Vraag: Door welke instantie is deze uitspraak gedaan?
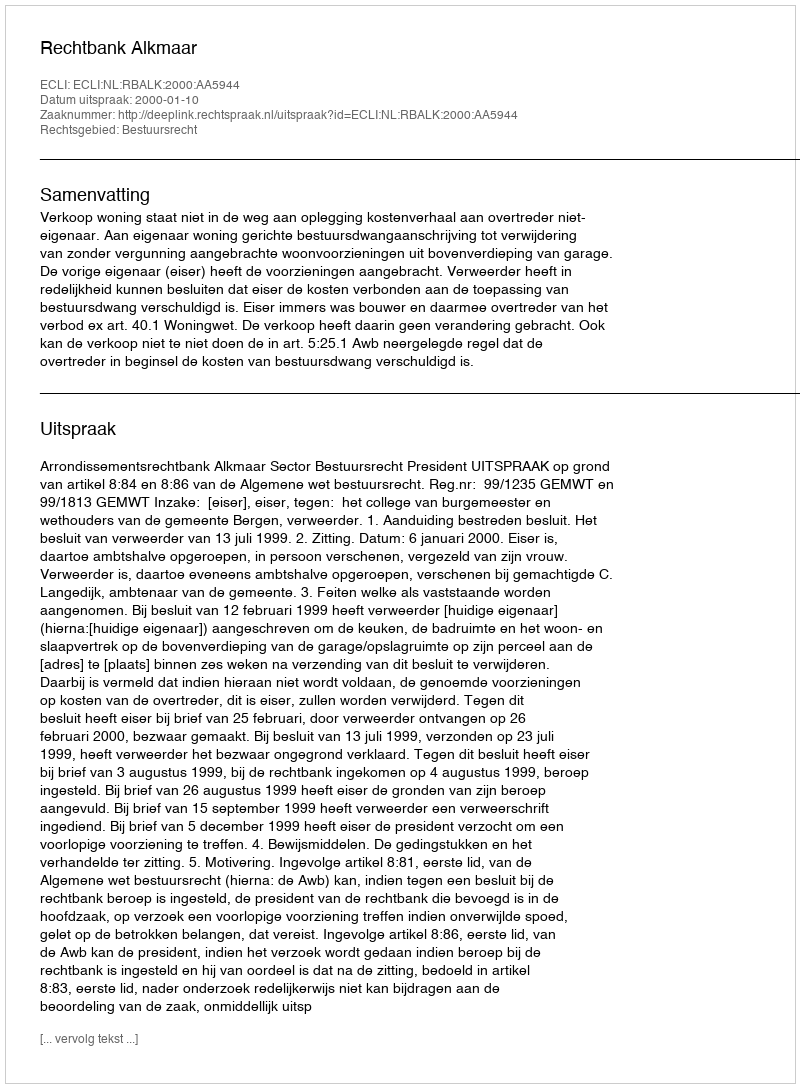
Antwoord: Rechtbank Alkmaar